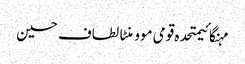
مہنگائیمتحدہ قومی موومنٹالطاف حسین